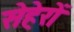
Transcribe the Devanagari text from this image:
सेहेरों